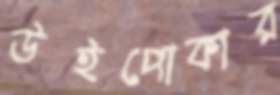
উইপোকার